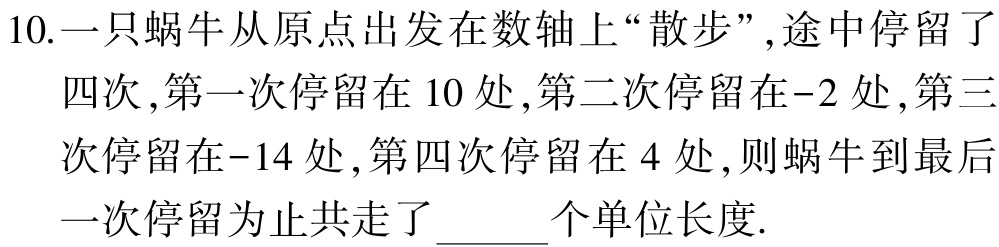
10.一只蜗牛从原点出发在数轴上“散步”, 途中停留了

四次, 第一次停留在 10 处, 第二次停留在-2 处, 第三

次停留在-14 处, 第四次停留在 4 处, 则蜗牛到最后

一次停留为止共走了______个单位长度.